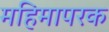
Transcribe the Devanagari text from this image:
महिमापरक